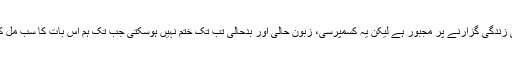
وجہ جو بھی ہے لیکن حقیقت یہ ہے کہ عوام اس معاشرے میں کسمپرسی کی زندگی گزارنے پر مجبور ہے لیکن یہ کسمپرسی، زبون حالی اور بدحالی تب تک ختم نہیں ہوسکتی جب تک ہم اس بات کا سب مل کر احساس نہ کرلیں کہ ہم اس معاشرے میں بطور سزا زندگی گزار رہے ہیں۔